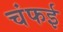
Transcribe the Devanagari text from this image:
चंफई